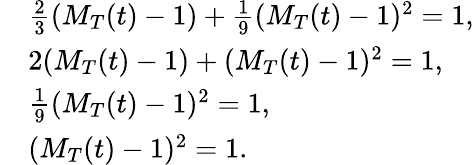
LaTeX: \begin{array}{rl}&{\frac{2}{3}(M_{T}(t)-1)+\frac{1}{9}(M_{T}(t)-1)^{2}=1\mathrm{,}}\\ &{2(M_{T}(t)-1)+(M_{T}(t)-1)^{2}=1\mathrm{,}}\\ &{\frac{1}{9}(M_{T}(t)-1)^{2}=1\mathrm{,}}\\ &{(M_{T}(t)-1)^{2}=1\mathrm{.}}\end{array}